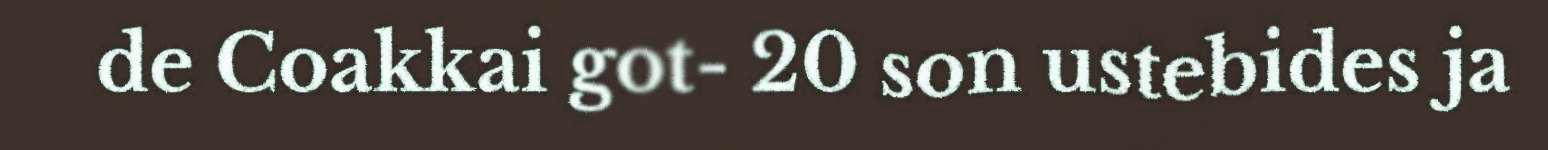
de Coakkai got- 20 son ustebides ja